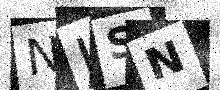
Text: NISN